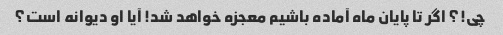
چی!؟ اگر تا پایان ماه آماده باشیم معجزه خواهد شد! آیا او دیوانه است؟